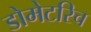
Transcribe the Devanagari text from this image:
डोमेटरिच